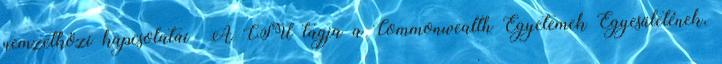
nemzetközi kapcsolatai A CSU tagja a Commonwealth Egyetemek Egyesületének,